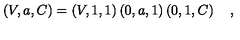
\left( V , a , C \right) = \left( V , 1 , 1 \right) \left( 0 , a , 1 \right) \left( 0 , 1 , C \right) \quad ,